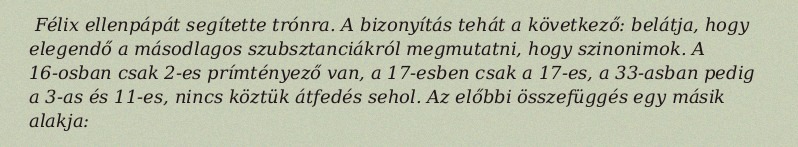
Félix ellenpápát segítette trónra. A bizonyítás tehát a következő: belátja, hogy elegendő a másodlagos szubsztanciákról megmutatni, hogy szinonimok. A 16-osban csak 2-es prímtényező van, a 17-esben csak a 17-es, a 33-asban pedig a 3-as és 11-es, nincs köztük átfedés sehol. Az előbbi összefüggés egy másik alakja: